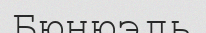
Бюнюэль